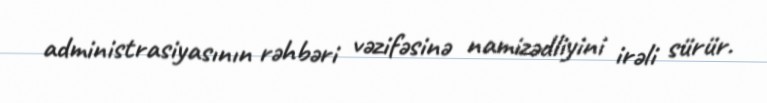
administrasiyasının rəhbəri vəzifəsinə namizədliyini irəli sürür.